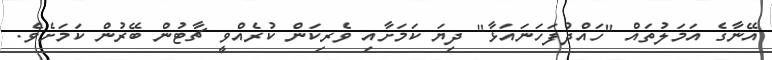
އޭނާގެ އަމަލުތައް "ހައްދުފަހަނައަޅާ" ދިޔަ ކަމަށާއި ވެރިކަން ކުރެއްވީ ޗާޓުން ބޭރުން ކަމަށެވެ.